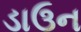
ડાઉન